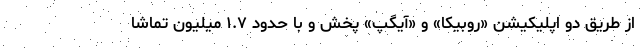
از طریق دو اپلیکیشن «روبیکا» و «آیگپ» پخش و با حدود ١.٧ میلیون تماشا